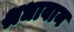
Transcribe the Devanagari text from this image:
श्रधावान